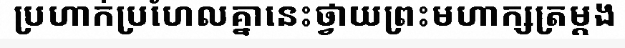
ប្រហាក់ប្រហែលគ្នានេះថ្វាយព្រះមហាក្សត្រម្តង